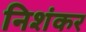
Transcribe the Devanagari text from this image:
निशंकर